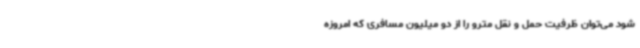
شود می‌توان ظرفیت حمل و نقل مترو را از دو میلیون مسافری که امروزه